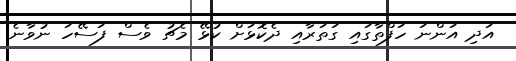
އަދި އަންނަ ހަފްތާގައި ގަތަރާއި ދެކޮޅަށް ކުޅޭ މެޗު ވެސް ފަސޭހަ ނުވާނެ